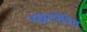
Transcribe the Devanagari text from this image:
नझारोविच